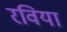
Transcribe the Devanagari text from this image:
रविया